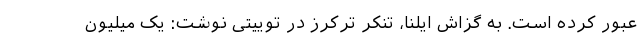
عبور کرده است. به گزاش ایلنا، تنکر ترکرز در توییتی نوشت: یک میلیون